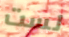
لست